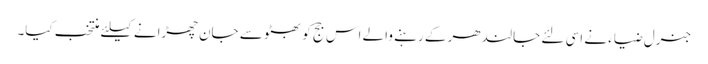
جنرل ضیاء نے اسی لئے جالندھر کے رہنے والے اس جج کو بھٹو سے جان چھڑانے کیلئے منتخب کیا۔